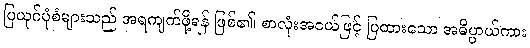
ပြယုဂ်ပုံစံများသည် အရကျက်ဖို့ရန် ဖြစ်၏၊ စာလုံးအငယ်ဖြင့် ပြထားသော အဓိပ္ပာယ်ကား